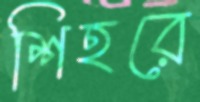
শিহরে